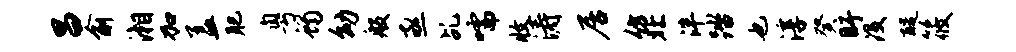
昌俞湘加盖肥粤蝎幼般亟乩嚅收涛居仿北泮踏也淳癸盱没醍筱